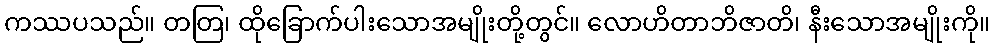
ကဿပသည်။ တတြ၊ ထိုခြောက်ပါးသောအမျိုးတို့တွင်။ လောဟိတာဘိဇာတိ၊ နီးသောအမျိုးကို။